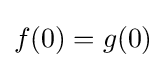
f(0)=g(0)